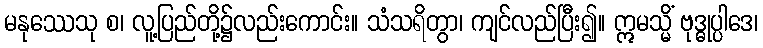
မနုဿေသု စ၊ လူ့ပြည်တို့၌လည်းကောင်း။ သံသရိတွာ၊ ကျင်လည်ပြီး၍။ ဣမသ္မိံ ဗုဒ္ဓုပ္ပါဒေ၊